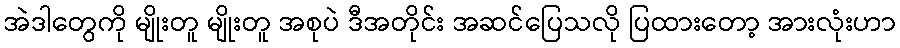
အဲဒါတွေကို မျိုးတူ မျိုးတူ အစုပဲ ဒီအတိုင်း အဆင်ပြေသလို ပြထားတော့ အားလုံးဟာ